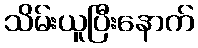
သိမ်းယူပြီးနောက်